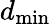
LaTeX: d_{\mathrm{min}}